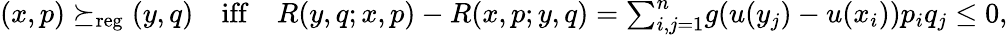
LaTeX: \begin{array}{r}{(x,p)\succeq_{\mathrm{reg}}(y,q)\quad\mathrm{iff}\quad R(y,q;x,p)-R(x,p;y,q)={\sum}_{i,j=1}^{n}g(u(y_{j})-u(x_{i}))p_{i}q_{j}\leq 0,}\end{array}